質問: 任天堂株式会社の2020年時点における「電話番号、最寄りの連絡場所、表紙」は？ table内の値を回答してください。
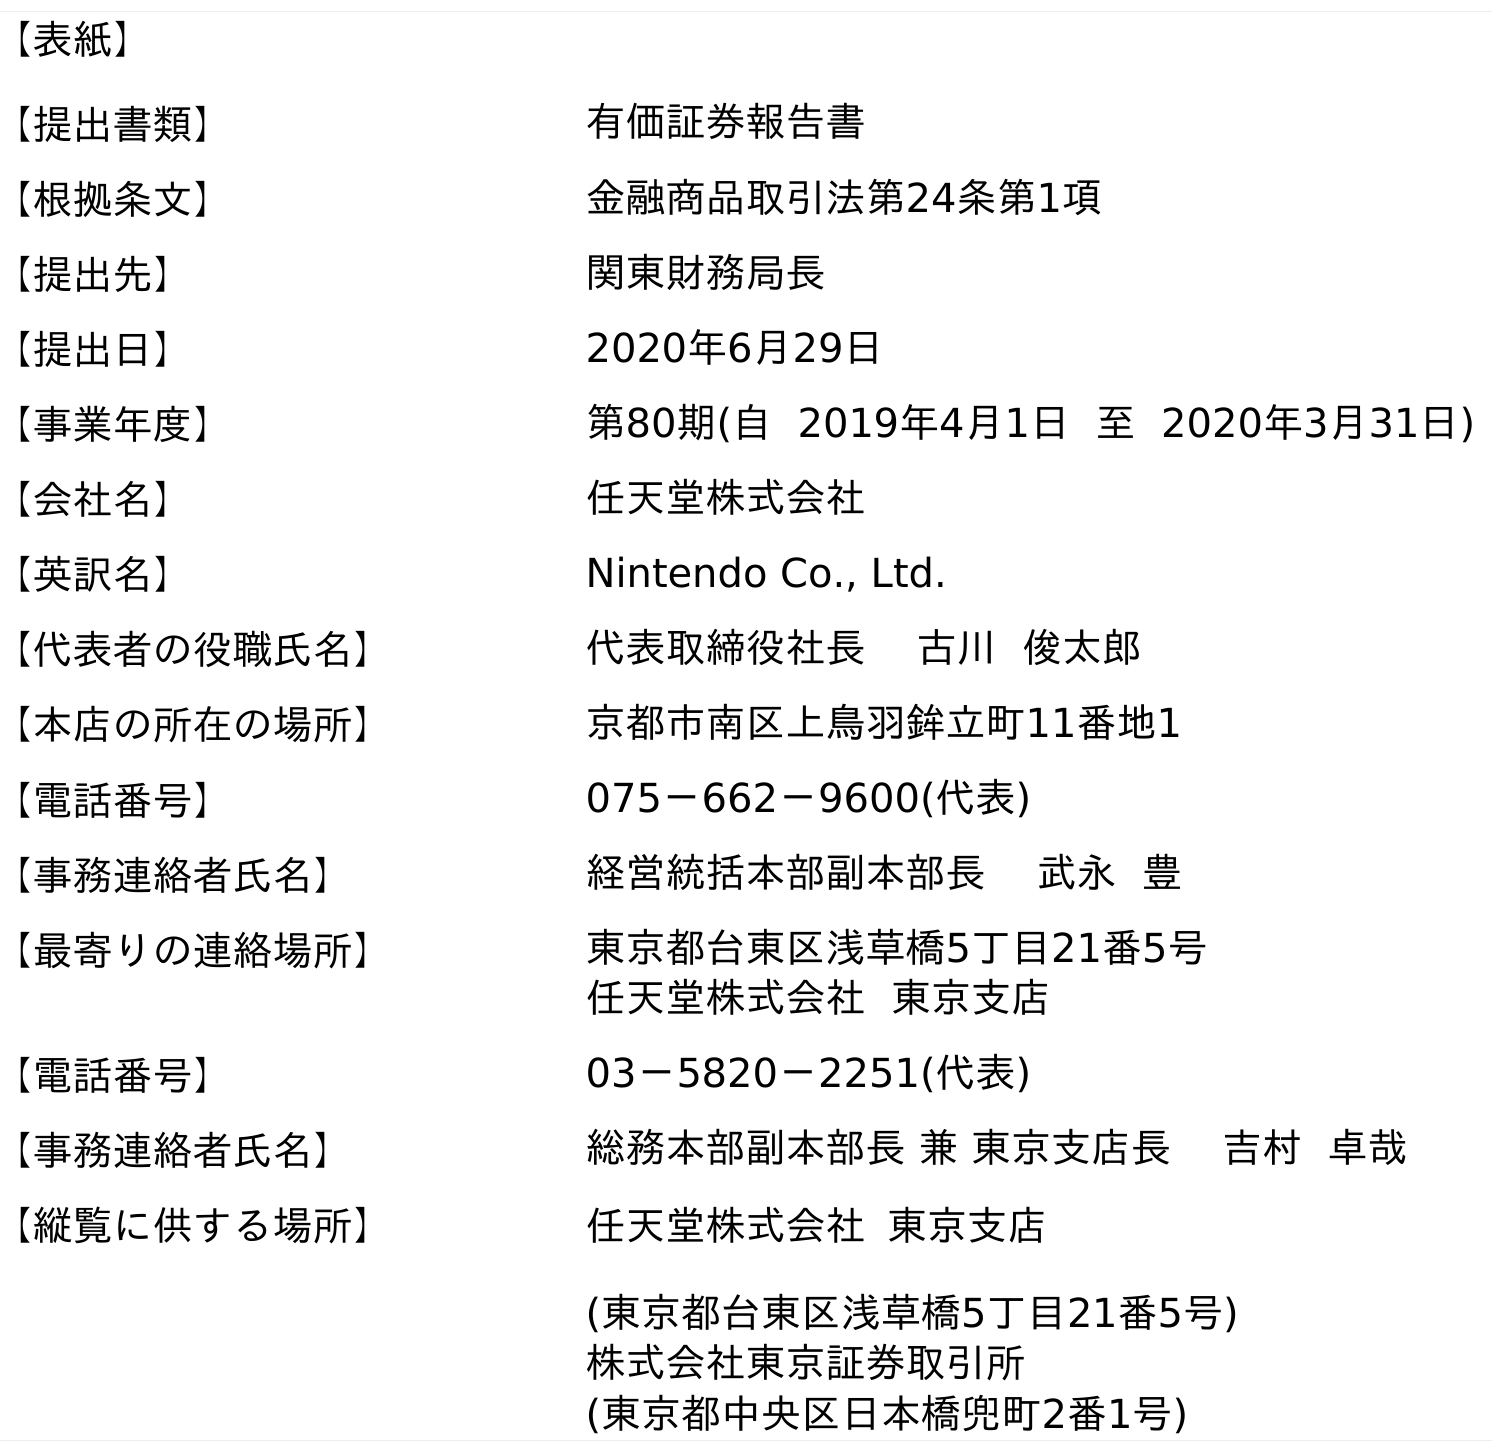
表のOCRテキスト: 【表紙】 【提出書類】 有価証券報告書 【根拠条文】 金融商品取引法第24条第1項 【提出先】 関東財務局長 【提出日】 2020年6月29日 【事業年度】 第80期(自 2019年4月1日 至 2020年3月31日) 【会社名】 任天堂株式会社 【英訳名】 Nintendo Co., Ltd. 【代表者の役職氏名】 代表取締役社長 古川 俊太郎 【本店の所在の場所】 京都市南区上鳥羽鉾立町11番地1 【電話番号】 075－662－9600(代表) 【事務連絡者氏名】 経営統括本部副本部長 武永 豊 【最寄りの連絡場所】 東京都台東区浅草橋5丁目21番5号 任天堂株式会社 東京支店 【電話番号】 03－5820－2251(代表) 【事務連絡者氏名】 総務本部副本部長 兼 東京支店長 吉村 卓哉 【縦覧に供する場所】 任天堂株式会社 東京支店 (東京都台東区浅草橋5丁目21番5号) 株式会社東京証券取引所 (東京都中央区日本橋兜町2番1号)
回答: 03－5820－2251(代表)